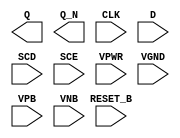
/**
 * Copyright 2020 The SkyWater PDK Authors
 *
 * Licensed under the Apache License, Version 2.0 (the "License");
 * you may not use this file except in compliance with the License.
 * You may obtain a copy of the License at
 *
 *     https://www.apache.org/licenses/LICENSE-2.0
 *
 * Unless required by applicable law or agreed to in writing, software
 * distributed under the License is distributed on an "AS IS" BASIS,
 * WITHOUT WARRANTIES OR CONDITIONS OF ANY KIND, either express or implied.
 * See the License for the specific language governing permissions and
 * limitations under the License.
 *
 * SPDX-License-Identifier: Apache-2.0
 */

`ifndef SKY130_FD_SC_HVL__SDFRBP_PP_BLACKBOX_V
`define SKY130_FD_SC_HVL__SDFRBP_PP_BLACKBOX_V

/**
 * sdfrbp: Scan delay flop, inverted reset, non-inverted clock,
 *         complementary outputs.
 *
 * Verilog stub definition (black box with power pins).
 *
 * WARNING: This file is autogenerated, do not modify directly!
 */

`timescale 1ns / 1ps
`default_nettype none

(* blackbox *)
module sky130_fd_sc_hvl__sdfrbp (
    Q      ,
    Q_N    ,
    CLK    ,
    D      ,
    SCD    ,
    SCE    ,
    RESET_B,
    VPWR   ,
    VGND   ,
    VPB    ,
    VNB
);

    output Q      ;
    output Q_N    ;
    input  CLK    ;
    input  D      ;
    input  SCD    ;
    input  SCE    ;
    input  RESET_B;
    input  VPWR   ;
    input  VGND   ;
    input  VPB    ;
    input  VNB    ;
endmodule

`default_nettype wire
`endif  // SKY130_FD_SC_HVL__SDFRBP_PP_BLACKBOX_V